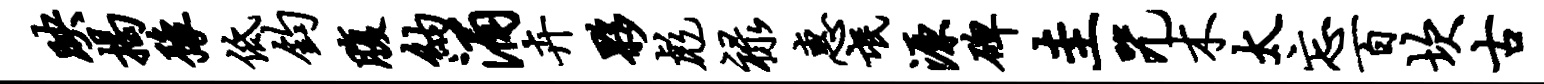
映揭豫低钧腹纳涌卉夥彪禄惠氓源碑圭咒木太忘百坎古